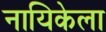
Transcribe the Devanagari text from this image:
नायिकेला